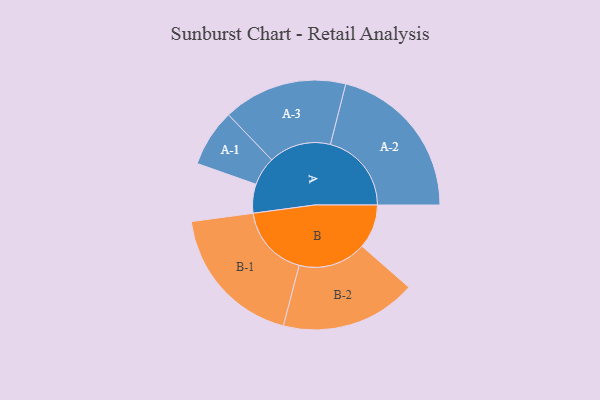
{"axis": {"x": "Segment", "y": "Value"}, "legend": ["", "A", "B"], "data": [{"x": "A", "y": 101, "type": ""}, {"x": "B", "y": 154, "type": ""}, {"x": "A-1", "y": 100, "type": "A"}, {"x": "A-2", "y": 283, "type": "A"}, {"x": "A-3", "y": 217, "type": "A"}, {"x": "B-1", "y": 253, "type": "B"}, {"x": "B-2", "y": 237, "type": "B"}]}